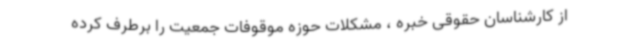
از کارشناسان حقوقی خبره ، مشکلات حوزه موقوفات جمعیت را برطرف کرده